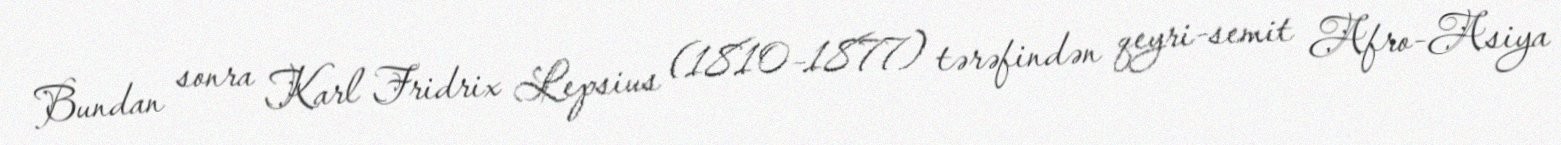
Bundan sonra Karl Fridrix Lepsius (1810–1877) tərəfindən qeyri-semit Afro-Asiya